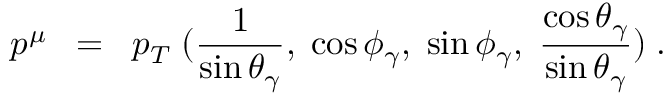
p ^ { \mu } \; \; = \; \; p _ { T } \; ( \frac { 1 } { \sin \theta _ { \gamma } } , \; \cos \phi _ { \gamma } , \; \sin \phi _ { \gamma } , \; \frac { \cos \theta _ { \gamma } } { \sin \theta _ { \gamma } } ) \; .